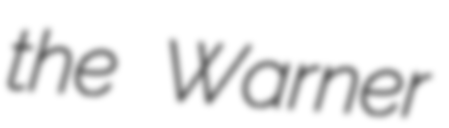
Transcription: the Warner